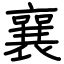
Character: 襄